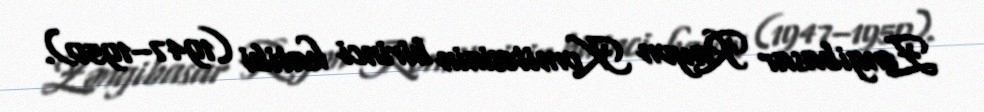
Zəngibasar Rayon Komitəsinin birinci katibi (1947–1950).